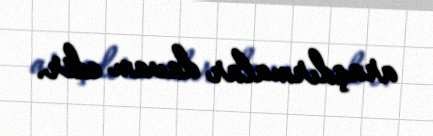
araşdırmalar davam edir.